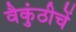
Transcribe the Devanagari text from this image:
वैकुंठीचें